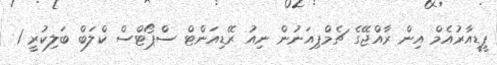
ޕީޑީއާރުއެމް އިން ރާއްޖޭގެ ޗެމްޕިއަނުން ނިއު ރޭޑިއަންޓް ސްޕޯޓްސް ކްލަބް ބަލިކުރީ 1